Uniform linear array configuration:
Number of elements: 16
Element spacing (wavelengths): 0.5
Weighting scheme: binomial
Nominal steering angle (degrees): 60
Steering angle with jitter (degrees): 61.758
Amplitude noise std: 0.05
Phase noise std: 0.05

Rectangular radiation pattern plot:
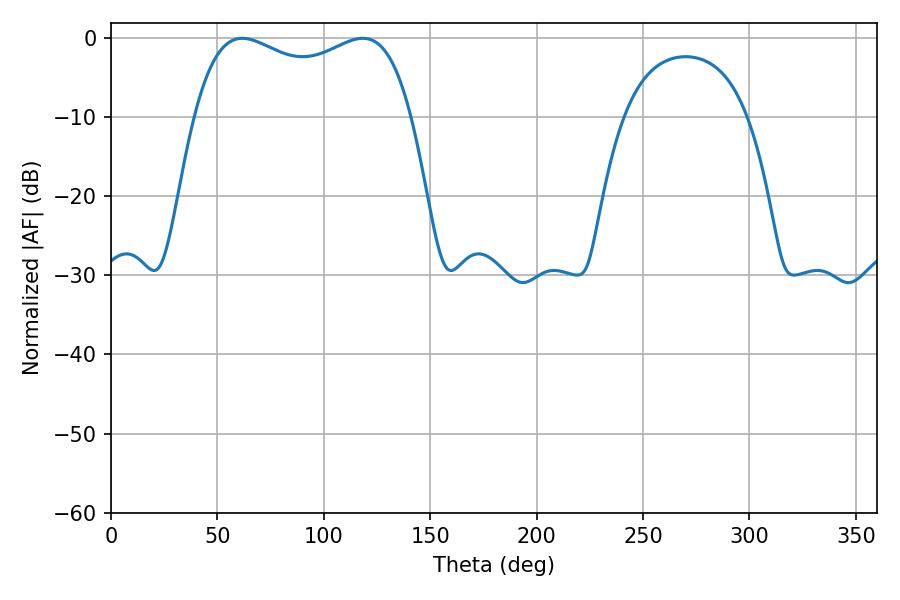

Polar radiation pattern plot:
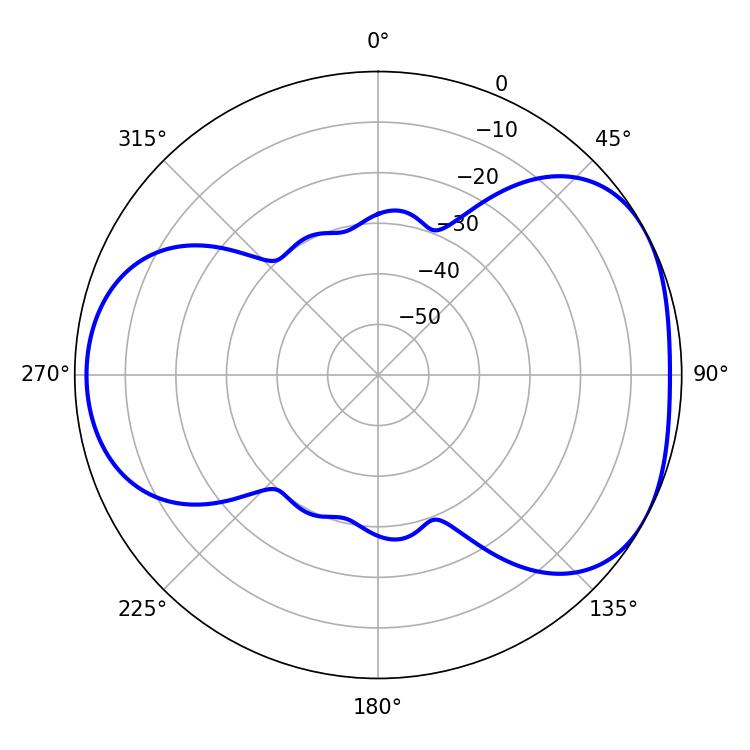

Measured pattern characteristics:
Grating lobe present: FALSE
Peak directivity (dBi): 4.476
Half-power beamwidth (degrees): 83.88
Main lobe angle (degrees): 61.74